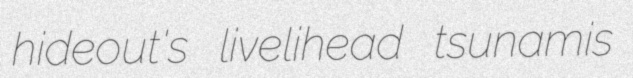
hideout's livelihead tsunamis